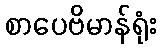
စာပေဗိမာန်ရုံး